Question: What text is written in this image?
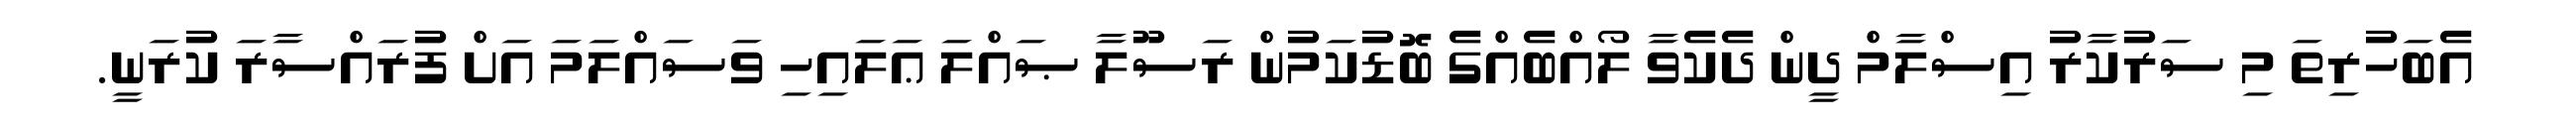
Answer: އެބަހުރިތަ މި ސަރުކާރު އިސްލާމް ދީން ދެކެވާ ލޯއްބެއްގެ ބޮޑުކަމުން ރަސޫލާ ޞައްލަ ޢަލައިހި ވަސައްލަމަ އަށް ފުރައްސާރަ ކުރަނީ.